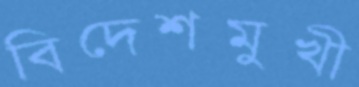
বিদেশমুখী